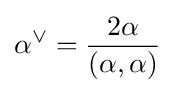
\alpha ^{\vee }={\frac {2\alpha }{(\alpha ,\alpha )}}